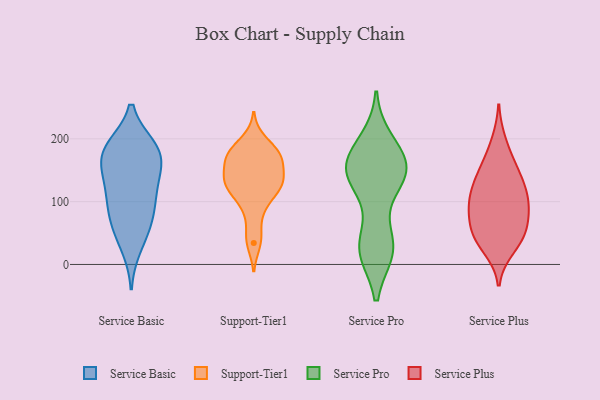
{"axis": {"x": "Tickets Resolved", "y": "Value"}, "legend": ["Service Basic", "Service Plus", "Service Pro", "Support-Tier1"], "data": [{"x": "", "y": 159, "type": "Service Basic"}, {"x": "", "y": 186, "type": "Service Basic"}, {"x": "", "y": 125, "type": "Service Basic"}, {"x": "", "y": 80, "type": "Service Basic"}, {"x": "", "y": 182, "type": "Service Basic"}, {"x": "", "y": 159, "type": "Service Basic"}, {"x": "", "y": 67, "type": "Service Basic"}, {"x": "", "y": 144, "type": "Service Basic"}, {"x": "", "y": 55, "type": "Service Basic"}, {"x": "", "y": 103, "type": "Service Basic"}, {"x": "", "y": 186, "type": "Service Basic"}, {"x": "", "y": 105, "type": "Service Basic"}, {"x": "", "y": 187, "type": "Service Basic"}, {"x": "", "y": 28, "type": "Service Basic"}, {"x": "", "y": 198, "type": "Support-Tier1"}, {"x": "", "y": 126, "type": "Support-Tier1"}, {"x": "", "y": 133, "type": "Support-Tier1"}, {"x": "", "y": 125, "type": "Support-Tier1"}, {"x": "", "y": 85, "type": "Support-Tier1"}, {"x": "", "y": 34, "type": "Support-Tier1"}, {"x": "", "y": 180, "type": "Support-Tier1"}, {"x": "", "y": 169, "type": "Support-Tier1"}, {"x": "", "y": 175, "type": "Support-Tier1"}, {"x": "", "y": 146, "type": "Support-Tier1"}, {"x": "", "y": 120, "type": "Support-Tier1"}, {"x": "", "y": 162, "type": "Support-Tier1"}, {"x": "", "y": 128, "type": "Support-Tier1"}, {"x": "", "y": 134, "type": "Support-Tier1"}, {"x": "", "y": 45, "type": "Support-Tier1"}, {"x": "", "y": 177, "type": "Support-Tier1"}, {"x": "", "y": 171, "type": "Support-Tier1"}, {"x": "", "y": 97, "type": "Support-Tier1"}, {"x": "", "y": 145, "type": "Service Pro"}, {"x": "", "y": 147, "type": "Service Pro"}, {"x": "", "y": 22, "type": "Service Pro"}, {"x": "", "y": 24, "type": "Service Pro"}, {"x": "", "y": 153, "type": "Service Pro"}, {"x": "", "y": 47, "type": "Service Pro"}, {"x": "", "y": 125, "type": "Service Pro"}, {"x": "", "y": 21, "type": "Service Pro"}, {"x": "", "y": 24, "type": "Service Pro"}, {"x": "", "y": 174, "type": "Service Pro"}, {"x": "", "y": 21, "type": "Service Pro"}, {"x": "", "y": 140, "type": "Service Pro"}, {"x": "", "y": 168, "type": "Service Pro"}, {"x": "", "y": 192, "type": "Service Pro"}, {"x": "", "y": 197, "type": "Service Pro"}, {"x": "", "y": 142, "type": "Service Pro"}, {"x": "", "y": 141, "type": "Service Pro"}, {"x": "", "y": 157, "type": "Service Pro"}, {"x": "", "y": 83, "type": "Service Plus"}, {"x": "", "y": 114, "type": "Service Plus"}, {"x": "", "y": 95, "type": "Service Plus"}, {"x": "", "y": 143, "type": "Service Plus"}, {"x": "", "y": 145, "type": "Service Plus"}, {"x": "", "y": 125, "type": "Service Plus"}, {"x": "", "y": 50, "type": "Service Plus"}, {"x": "", "y": 46, "type": "Service Plus"}, {"x": "", "y": 91, "type": "Service Plus"}, {"x": "", "y": 39, "type": "Service Plus"}, {"x": "", "y": 26, "type": "Service Plus"}, {"x": "", "y": 48, "type": "Service Plus"}, {"x": "", "y": 195, "type": "Service Plus"}, {"x": "", "y": 164, "type": "Service Plus"}, {"x": "", "y": 77, "type": "Service Plus"}, {"x": "", "y": 108, "type": "Service Plus"}]}